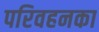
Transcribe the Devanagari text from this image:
परिवहनका